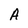
Character: A